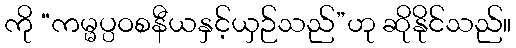
ကို “ကမ္မပ္ပဝစနီယနှင့်ယှဉ်သည်”ဟု ဆိုနိုင်သည်။